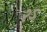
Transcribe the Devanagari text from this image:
२ऽ